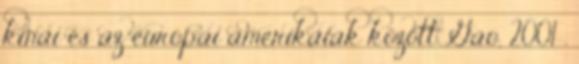
kínai és az európai amerikaiak között Gao, 2001 .